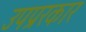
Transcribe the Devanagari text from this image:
उपप्ररकार